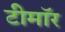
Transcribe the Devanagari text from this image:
टीमॉर